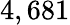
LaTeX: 4,681